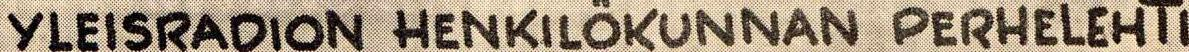
YLEISRADION HENKILÖKUNNAN PERHELEHTI